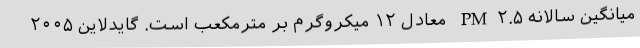
میانگین سالانه PM۲.۵ معادل ۱۲ میکروگرم بر مترمکعب است. گایدلاین ۲۰۰۵